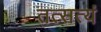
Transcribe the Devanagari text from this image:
तत्सत्यं